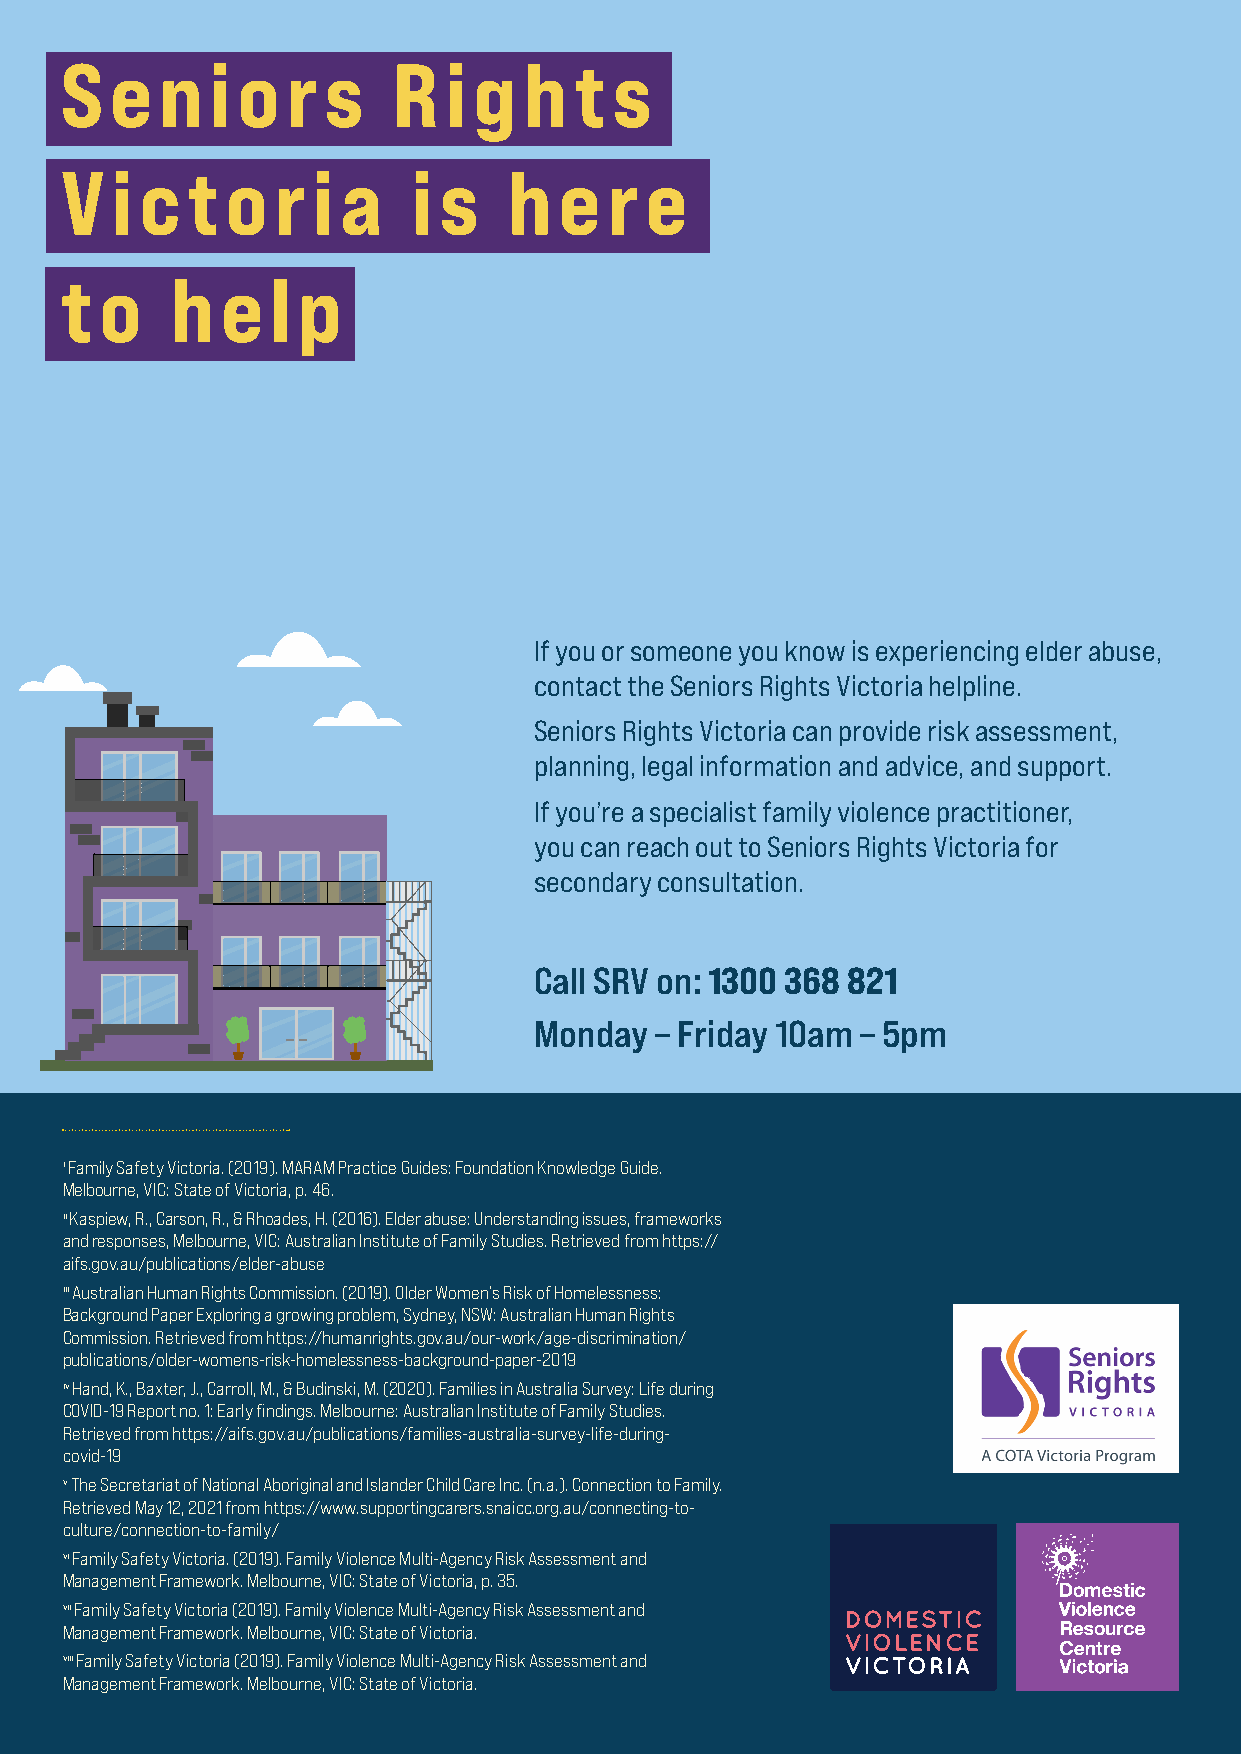
S  e   n  i o  rs     R  i g   h  t  s
 V  i c  to    r  i a   i s    h  e  re
 to     h   e  l p
 If you or someone you know is experiencing elder abuse,
 contact the Seniors Rights Victoria helpline.
 Seniors Rights Victoria can provide risk assessment,
 planning, legal information and advice, and support.
 If you’re a specialist family violence practitioner,
 you can reach out to Seniors Rights Victoria for
 secondary consultation.
 Call SRV on: 1300 368 821
 Monday  – Friday 10am – 5pm
 i Family Safety Victoria. (2019). MARAM Practice Guides: Foundation Knowledge Guide.
 Melbourne, VIC: State of Victoria, p. 46.
 ii Kaspiew, R., Carson, R., & Rhoades, H. (2016). Elder abuse: Understanding issues, frameworks
 and responses, Melbourne, VIC: Australian Institute of Family Studies. Retrieved from https://
 aifs.gov.au/publications/elder-abuse
 iii Australian Human Rights Commission. (2019). Older Women’s Risk of Homelessness:
 Background Paper Exploring a growing problem, Sydney, NSW: Australian Human Rights
 Commission. Retrieved from https://humanrights.gov.au/our-work/age-discrimination/
 publications/older-womens-risk-homelessness-background-paper-2019
 iv Hand, K., Baxter, J., Carroll, M., & Budinski, M. (2020). Families in Australia Survey: Life during
 COVID-19 Report no. 1: Early findings. Melbourne: Australian Institute of Family Studies.
 Retrieved from https://aifs.gov.au/publications/families-australia-survey-life-during-
 covid-19
 v The Secretariat of National Aboriginal and Islander Child Care Inc. (n.a.). Connection to Family.
 Retrieved May 12, 2021 from https://www.supportingcarers.snaicc.org.au/connecting-to-
 culture/connection-to-family/
 vi Family Safety Victoria. (2019). Family Violence Multi-Agency Risk Assessment and
 Management Framework. Melbourne, VIC: State of Victoria, p. 35.
 vii Family Safety Victoria (2019). Family Violence Multi-Agency Risk Assessment and
 Management Framework. Melbourne, VIC: State of Victoria.
 viii Family Safety Victoria (2019). Family Violence Multi-Agency Risk Assessment and
 Management Framework. Melbourne, VIC: State of Victoria.